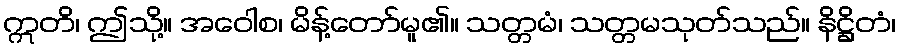
ဣတိ၊ ဤသို့။ အဝေါစ၊ မိန့်တော်မူ၏။ သတ္တမံ၊ သတ္တမသုတ်သည်။ နိဋ္ဌိတံ၊